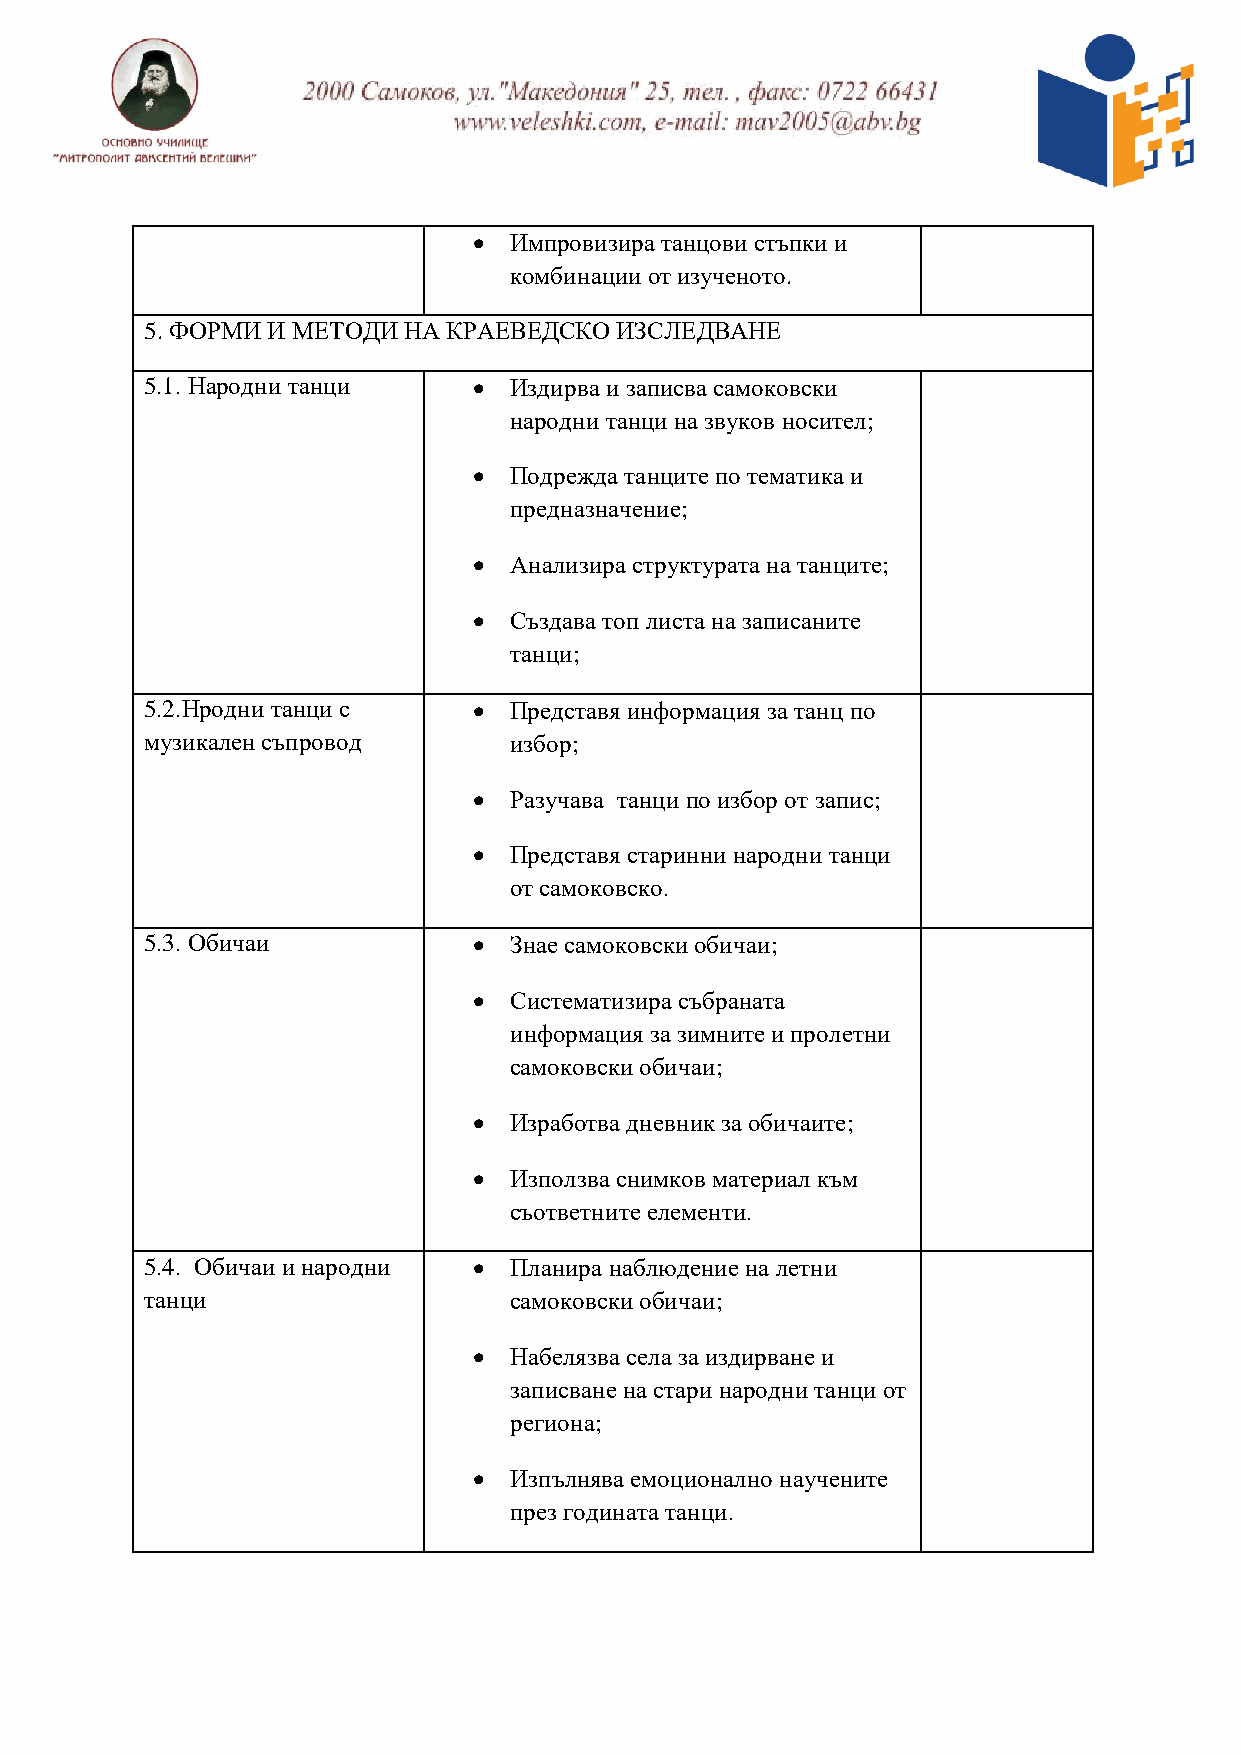
  Импровизира танцови стъпки и
 комбинации от изученото.
 5. ФОРМИ И МЕТОДИ НА КРАЕВЕДСКО ИЗСЛЕДВАНЕ
 5.1. Народни танци     Издирва и записва самоковски
 народни танци на звуков носител;
   Подрежда танците по тематика и
 предназначение;
   Анализира структурата на танците;
   Създава топ листа на записаните
 танци;
 5.2.Нродни танци с     Представя информация за танц по
 музикален съпровод      избор;
   Разучава танци по избор от запис;
   Представя старинни народни танци
 от самоковско.
 5.3. Обичаи            Знае самоковски обичаи;
   Систематизира събраната
 информация за зимните и пролетни
 самоковски обичаи;
   Изработва дневник за обичаите;
   Използва снимков материал към
 съответните елементи.
 5.4. Обичаи и народни  Планира наблюдение на летни
 танци                   самоковски обичаи;
   Набелязва села за издирване и
 записване на стари народни танци от
 региона;
   Изпълнява емоционално научените
 през годината танци.